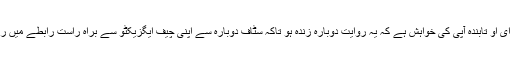
سی ای او تابندہ آپی کی خواہش ہے کہ یہ روایت دوبارہ زندہ ہو تاکہ سٹاف دوبارہ سے اپنی چیف ایگزیکٹو سے براہِ راست رابطے میں رہے۔